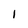
Character: 1